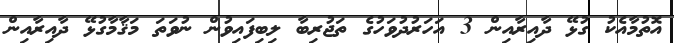
އޮތުމާއެކު ގުޅޭ ދާއިރާއިން 3 އަހަރުދުވަހުގެ ތަޖުރިބާ ލިބިފައިވުން ނުވަތަ މަޤާމާގުޅޭ ދާއިރާއިން